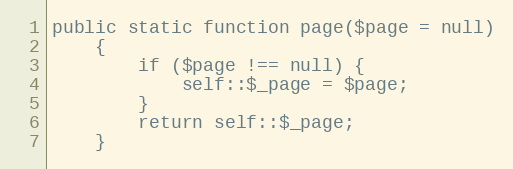
Language: PHP
public static function page($page = null)
    {
        if ($page !== null) {
            self::$_page = $page;
        }
        return self::$_page;
    }